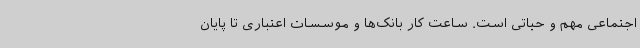
اجتماعی مهم و حیاتی است. ساعت کار بانک‌ها و موسسات اعتباری تا پایان